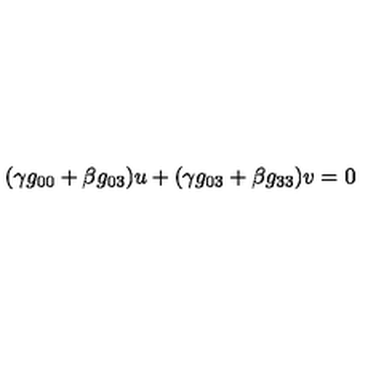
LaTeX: ( \gamma g _ { 0 0 } + \beta g _ { 0 3 } ) u + ( \gamma g _ { 0 3 } + \beta g _ { 3 3 } ) v = 0